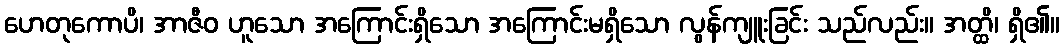
ဟေတုကောပိ၊ အာဇီဝ ဟူသော အကြောင်းရှိသော အကြောင်းမရှိသော လွန်ကျူးခြင်း သည်လည်း။ အတ္ထိ၊ ရှိ၏။